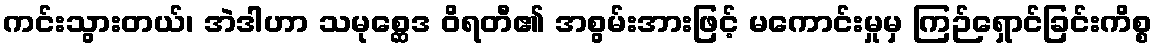
ကင်းသွားတယ်၊ အဲဒါဟာ သမုစ္ဆေဒ ဝိရတီ၏ အစွမ်းအားဖြင့် မကောင်းမှုမှ ကြဉ်ရှောင်ခြင်းကိစ္စ